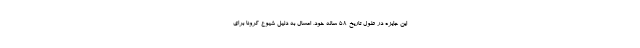
این جایزه در طول تاریخ ۵۸ ساله خود، امسال به دلیل شیوع کرونا برای